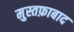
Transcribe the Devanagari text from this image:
मुस्तफ़ाबाद